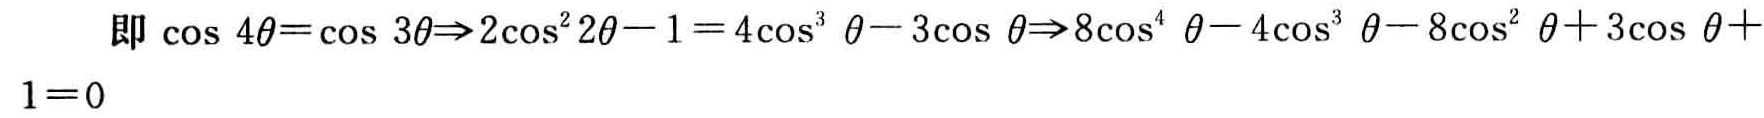
即 \(\cos 4\theta=\cos 3\theta\Rightarrow2\cos^{2}2\theta - 1 = 4\cos^{3}\theta - 3\cos\theta\Rightarrow8\cos^{4}\theta - 4\cos^{3}\theta - 8\cos^{2}\theta + 3\cos\theta+1 = 0\)